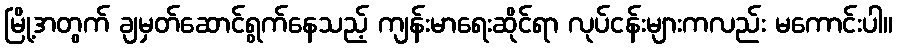
မြို့အတွက် ချမှတ်ဆောင်ရွက်နေသည့် ကျန်းမာရေးဆိုင်ရာ လုပ်ငန်းများကလည်း မကောင်းပါ။